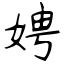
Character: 娉